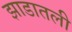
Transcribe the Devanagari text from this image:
झाडातली